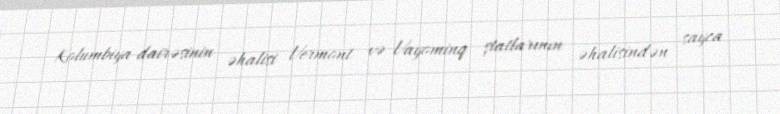
Kolumbiya dairəsinin əhalisi Vermont və Vayominq ştatlarının əhalisindən sayca